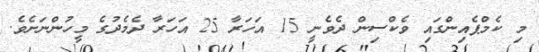
މި ކެމްޕެއިންގައި ވެކްސިން ދެވެނީ 15 އަހަރާ 25 އަހަރާ ދެމެދުގެ މީހުންނަށެވެ.